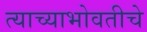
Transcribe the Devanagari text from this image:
त्याच्याभोवतीचे